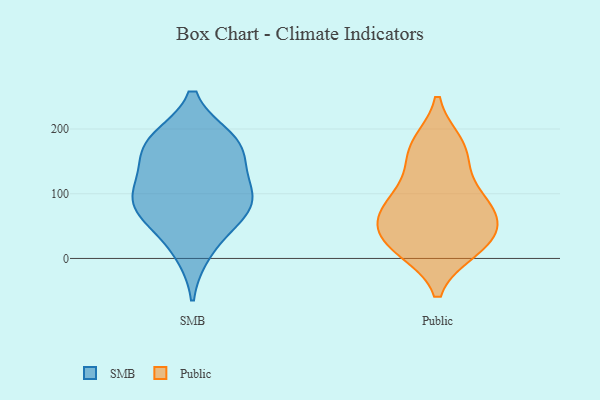
{"axis": {"x": "Market Share (%)", "y": "Value"}, "legend": ["Public", "SMB"], "data": [{"x": "", "y": 113, "type": "SMB"}, {"x": "", "y": 79, "type": "SMB"}, {"x": "", "y": 55, "type": "SMB"}, {"x": "", "y": 159, "type": "SMB"}, {"x": "", "y": 114, "type": "SMB"}, {"x": "", "y": 183, "type": "SMB"}, {"x": "", "y": 174, "type": "SMB"}, {"x": "", "y": 77, "type": "SMB"}, {"x": "", "y": 182, "type": "SMB"}, {"x": "", "y": 87, "type": "SMB"}, {"x": "", "y": 10, "type": "SMB"}, {"x": "", "y": 56, "type": "Public"}, {"x": "", "y": 152, "type": "Public"}, {"x": "", "y": 94, "type": "Public"}, {"x": "", "y": 29, "type": "Public"}, {"x": "", "y": 15, "type": "Public"}, {"x": "", "y": 31, "type": "Public"}, {"x": "", "y": 171, "type": "Public"}, {"x": "", "y": 64, "type": "Public"}, {"x": "", "y": 84, "type": "Public"}, {"x": "", "y": 175, "type": "Public"}, {"x": "", "y": 18, "type": "Public"}, {"x": "", "y": 88, "type": "Public"}]}